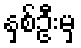
နှစ်ဦးမှ